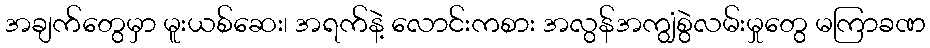
အချက်တွေမှာ မူးယစ်ဆေး၊ အရက်နဲ့ လောင်းကစား အလွန်အကျွံစွဲလမ်းမှုတွေ မကြာခဏ